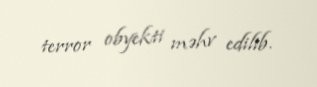
terror obyekti məhv edilib.